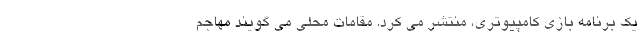
یک برنامه بازی کامپیوتری، منتشر می کرد. مقامات محلی می گویند مهاجم